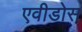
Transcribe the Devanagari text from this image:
एवीडोस